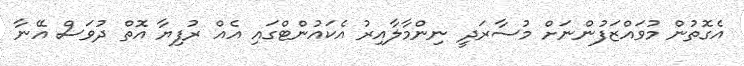
އެގޮތުން މުވައްޒަފުންނަށް މުސާރަދީ ނިންމާލާއިރު އެކައުންޓްގައި އެއް ރުފިޔާ އޮތް ދުވަސް އޭނާ